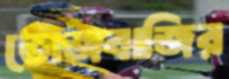
ভোজবাজির